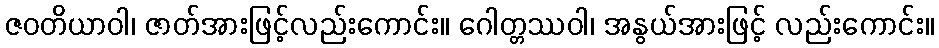
ဇဝတိယာဝါ၊ ဇာတ်အားဖြင့်လည်းကောင်း။ ဂေါတ္တဿဝါ၊ အနွယ်အားဖြင့် လည်းကောင်း။